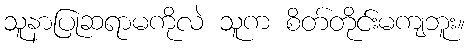
သူနာပြုဆရာမကိုလဲ သူက စိတ်တိုင်းမကျဘူး။